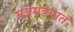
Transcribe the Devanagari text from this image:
यज्ञमंडपात